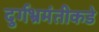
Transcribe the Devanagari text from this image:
दुर्गभ्रमंतीकडे